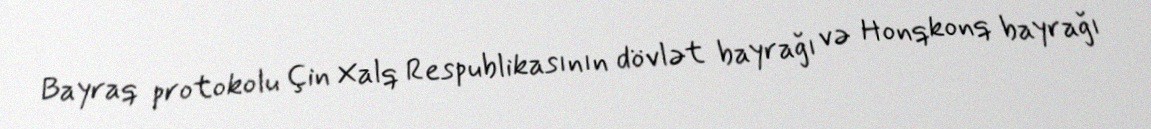
Bayraq protokolu Çin Xalq Respublikasının dövlət bayrağı və Honqkonq bayrağı